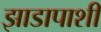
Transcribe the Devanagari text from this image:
झाडापाशी